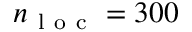
n _ { \mathrm { ~ l ~ o ~ c ~ } } = 3 0 0